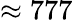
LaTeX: \approx 777